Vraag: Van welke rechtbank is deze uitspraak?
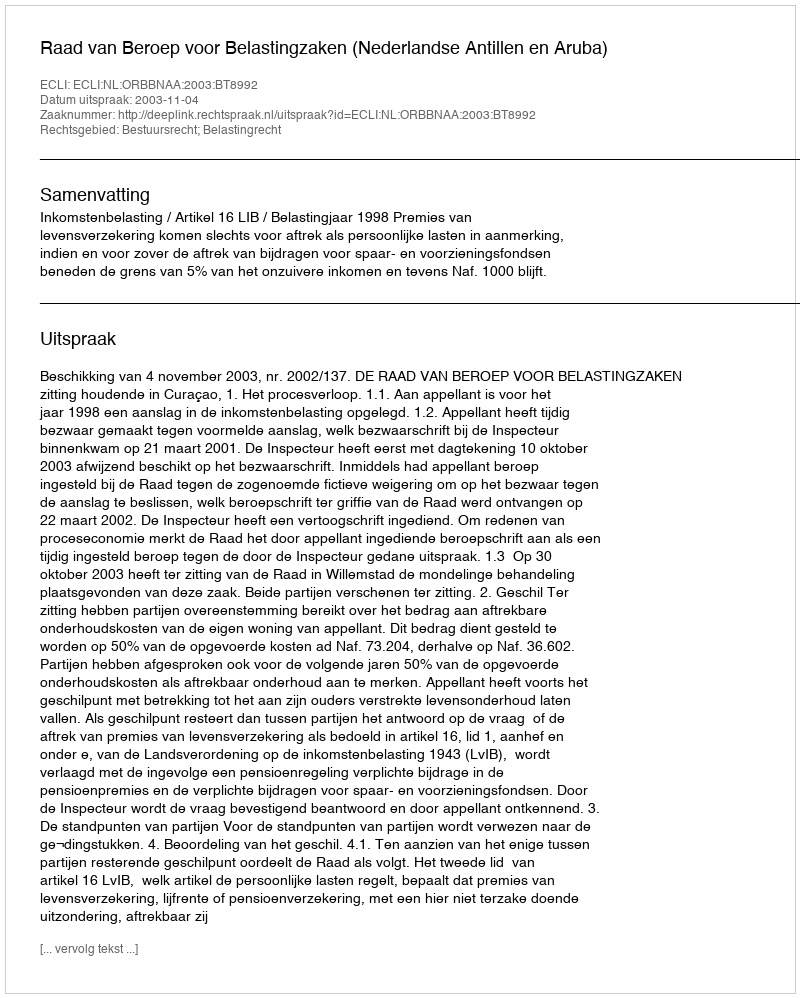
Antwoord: Raad van Beroep voor Belastingzaken (Nederlandse Antillen en Aruba)